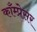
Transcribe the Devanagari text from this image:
काँम्प्रेसर